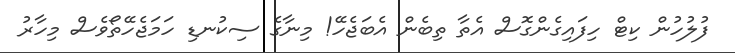
ފުލުހުން ކިޓް ހިފައިގެންގޮސް އެތާ ތިބެން އެބަޖެހޭ! މިނާގެ ސިކުނޑި ހަމަޖެހޭތޯވެސް މިހާރު